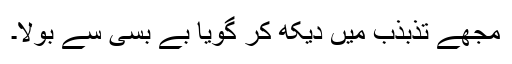
مجھے تذبذب میں دیکھ کر گویا بے بسی سے بولا۔